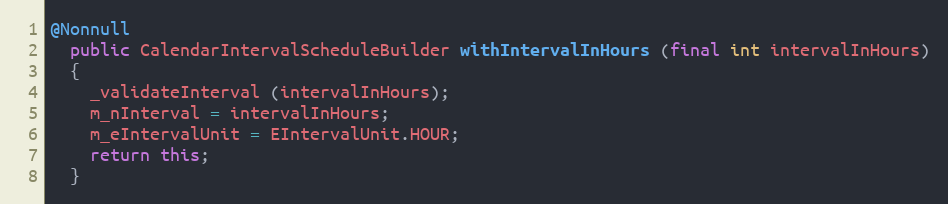
Language: Java
@Nonnull
  public CalendarIntervalScheduleBuilder withIntervalInHours (final int intervalInHours)
  {
    _validateInterval (intervalInHours);
    m_nInterval = intervalInHours;
    m_eIntervalUnit = EIntervalUnit.HOUR;
    return this;
  }